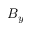
B _ { y }